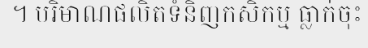
។ បរិមាណផលិតទំនិញកសិកម្ម ធ្លាក់ចុះ